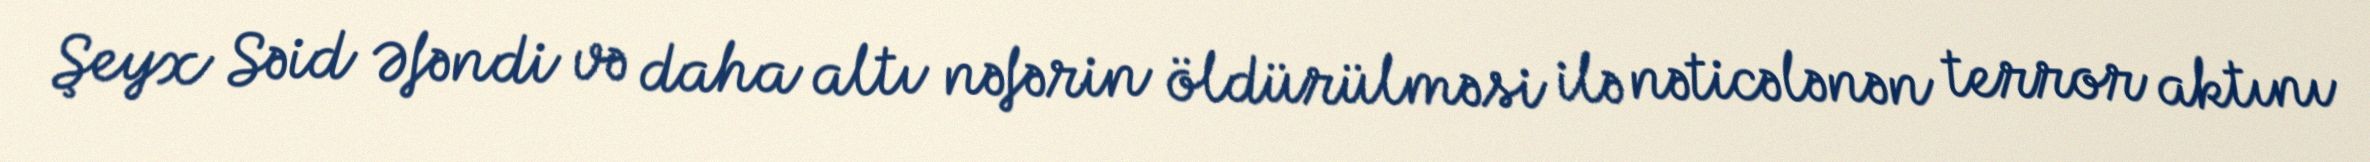
Şeyx Səid Əfəndi və daha altı nəfərin öldürülməsi ilə nəticələnən terror aktını